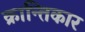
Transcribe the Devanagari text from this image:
क्रान्तिकार